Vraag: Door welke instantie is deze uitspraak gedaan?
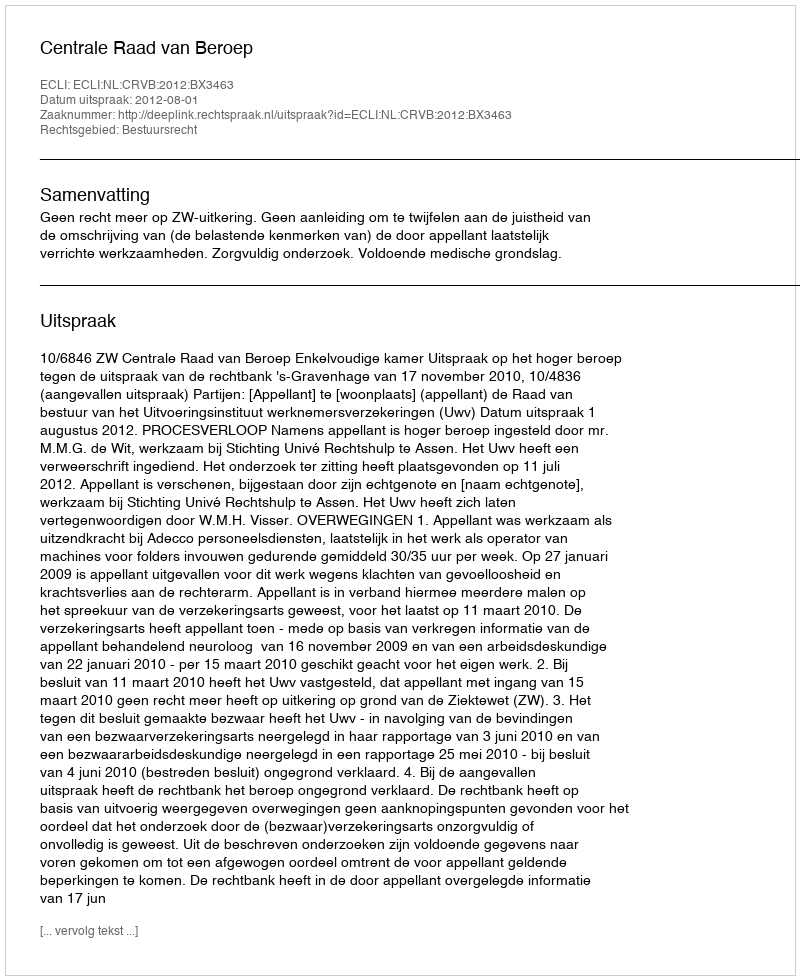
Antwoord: Centrale Raad van Beroep